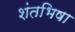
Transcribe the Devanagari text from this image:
शंतभिषा